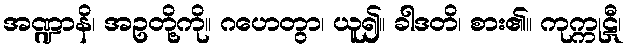
အဏ္ဍာနိ၊ အဥတို့ကို။ ဂဟေတွာ၊ ယူ၍။ ခါဒတိ၊ စား၏။ ကုက္ကုဋီ၊